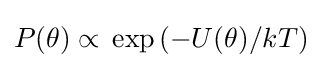
P(\theta )\propto {}\exp \left(-U(\theta )/kT\right)